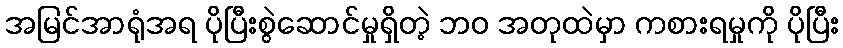
အမြင်အာရုံအရ ပိုပြီးစွဲဆောင်မှုရှိတဲ့ ဘဝ အတုထဲမှာ ကစားရမှုကို ပိုပြီး